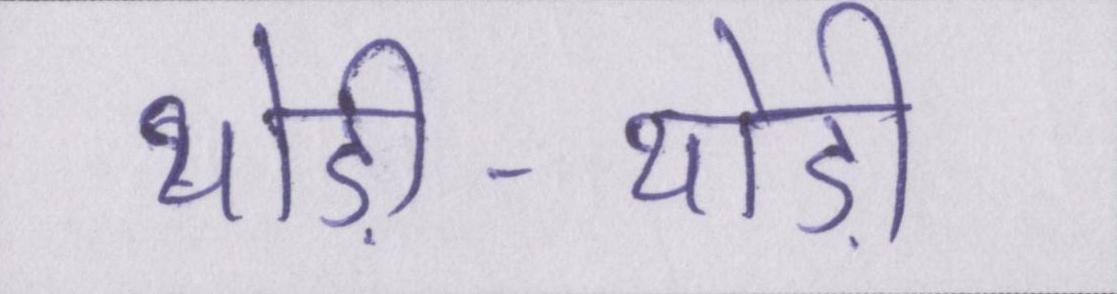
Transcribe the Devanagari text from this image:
थोड़ी-थोड़ी